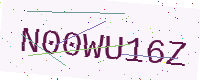
Text: N00WU16Z